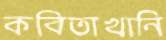
কবিতাখানি